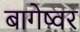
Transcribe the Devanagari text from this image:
बागेष्वर